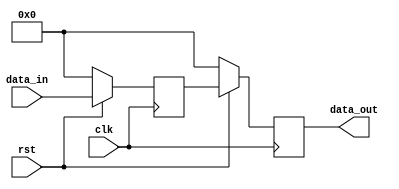
module delay2(
			input clk,
			input rst,
			input [31:0]data_in,
			output reg[31:0] data_out
			);
	
	reg [31:0]tmp1;
	
	always @(posedge clk)
		begin
			if(!rst)
				begin
					data_out <= 32'b0;
					tmp1 <= 32'b0;
				end
			else
				begin
					tmp1 <= data_in;
					data_out <= tmp1;
				end
		end

endmodule